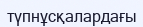
түпнұсқалардағы